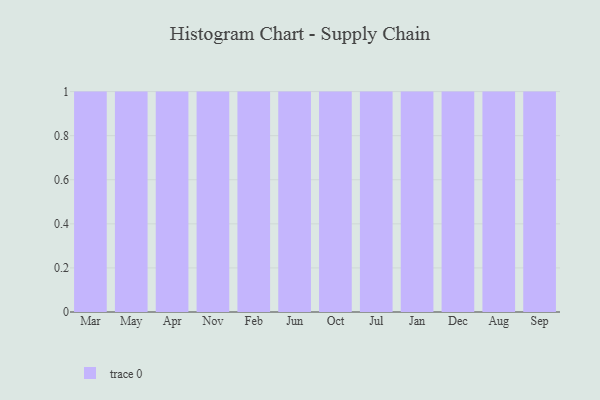
{"axis": {"x": "Month", "y": "Revenue (USD Million)"}, "legend": [""], "data": [{"x": "Mar", "y": 99, "type": ""}, {"x": "May", "y": 83, "type": ""}, {"x": "Apr", "y": 18, "type": ""}, {"x": "Nov", "y": 68, "type": ""}, {"x": "Feb", "y": 64, "type": ""}, {"x": "Jun", "y": 1, "type": ""}, {"x": "Oct", "y": 78, "type": ""}, {"x": "Jul", "y": 69, "type": ""}, {"x": "Jan", "y": 50, "type": ""}, {"x": "Dec", "y": 90, "type": ""}, {"x": "Aug", "y": 47, "type": ""}, {"x": "Sep", "y": 81, "type": ""}]}